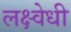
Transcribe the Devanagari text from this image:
लक्ष्वेधी